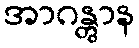
အာဂန္တွာန